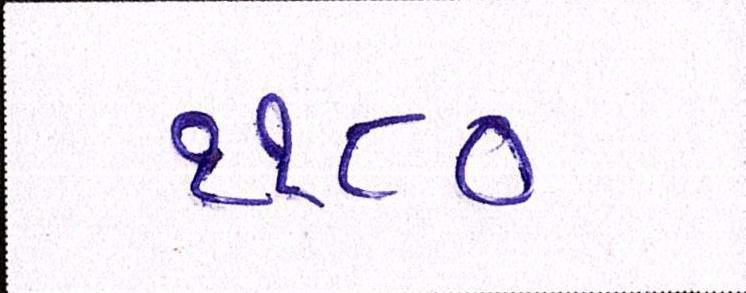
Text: ૧૧૮૦